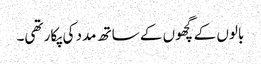
بالوں کے گچھوں کے ساتھ مدد کی پکار تھی۔